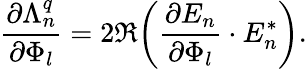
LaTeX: \frac{\partial\Lambda_{n}^{q}}{\partial\Phi_{l}}=2\Re{\left(\frac{\partial E_{n}}{\partial\Phi_{l}}\cdot E_{n}^{*}\right)}.